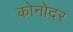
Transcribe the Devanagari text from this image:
कोनोदर